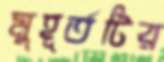
মুহূর্তটির